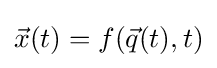
{\vec {x}}(t)=f({\vec {q}}(t),t)